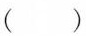
（）